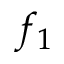
f _ { 1 }